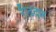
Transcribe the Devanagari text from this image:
रीढ़दार